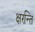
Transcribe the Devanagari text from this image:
क्षरन्ति